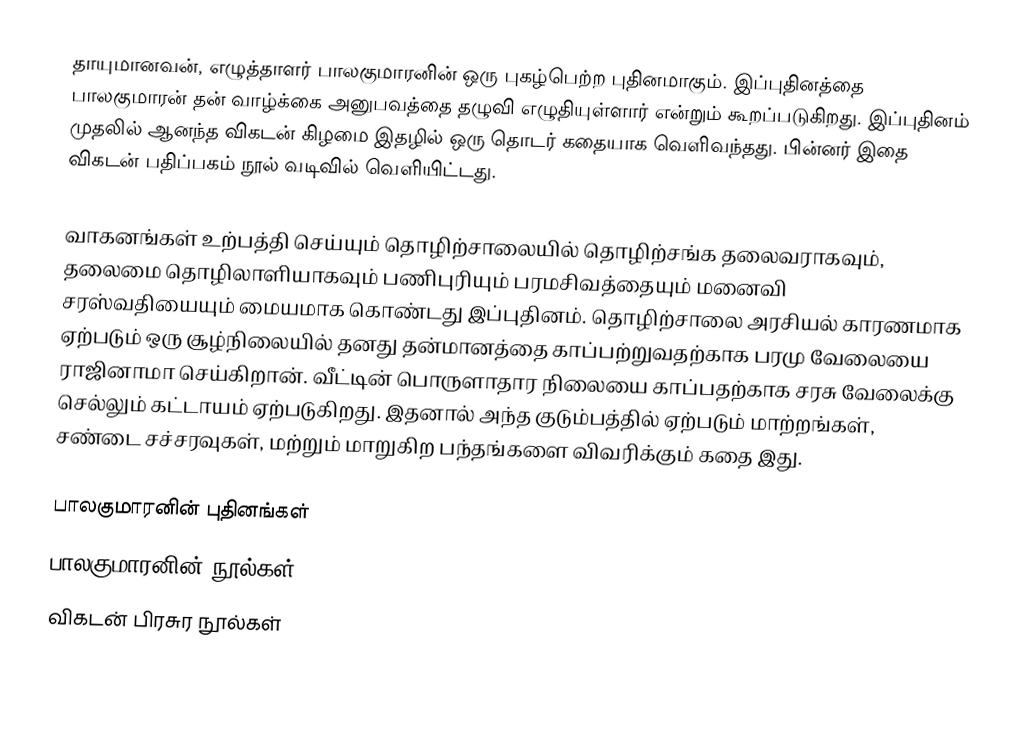
தாயுமானவன், எழுத்தாளர் பாலகுமாரனின் ஒரு புகழ்பெற்ற புதினமாகும். இப்புதினத்தை பாலகுமாரன் தன் வாழ்க்கை அனுபவத்தை தழுவி எழுதியுள்ளார் என்றும் கூறப்படுகிறது. இப்புதினம் முதலில் ஆனந்த விகடன் கிழமை இதழில் ஒரு தொடர் கதையாக வெளிவந்தது. பின்னர் இதை விகடன் பதிப்பகம் நூல் வடிவில் வெளியிட்டது.

வாகனங்கள் உற்பத்தி செய்யும் தொழிற்சாலையில் தொழிற்சங்க தலைவராகவும், தலைமை தொழிலாளியாகவும் பணிபுரியும் பரமசிவத்தையும் மனைவி சரஸ்வதியையும் மையமாக கொண்டது இப்புதினம். தொழிற்சாலை அரசியல் காரணமாக ஏற்படும் ஒரு சூழ்நிலையில் தனது தன்மானத்தை காப்பற்றுவதற்காக பரமு வேலையை ராஜினாமா செய்கிறான். வீட்டின் பொருளாதார நிலையை காப்பதற்காக சரசு வேலைக்கு செல்லும் கட்டாயம் ஏற்படுகிறது. இதனால் அந்த குடும்பத்தில் ஏற்படும் மாற்றங்கள், சண்டை சச்சரவுகள், மற்றும் மாறுகிற பந்தங்களை விவரிக்கும் கதை இது.

பாலகுமாரனின் புதினங்கள்
 பாலகுமாரனின் நூல்கள்
விகடன் பிரசுர நூல்கள்